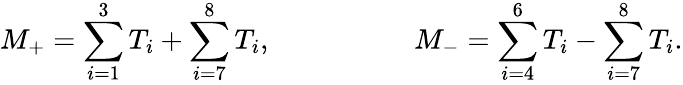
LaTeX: M_{+}=\sum_{i=1}^{3}T_{i}+\sum_{i=7}^{8}T_{i},\quad\quad\quad\quad\quad M_{-}=\sum_{i=4}^{6}T_{i}-\sum_{i=7}^{8}T_{i}.